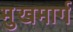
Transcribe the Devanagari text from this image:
मुखमार्ग